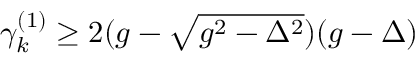
\begin{array} { r } { \gamma _ { k } ^ { ( 1 ) } \ge 2 ( g - \sqrt { g ^ { 2 } - \Delta ^ { 2 } } ) ( g - \Delta ) } \end{array}